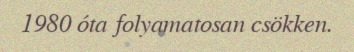
1980 óta folyamatosan csökken.